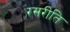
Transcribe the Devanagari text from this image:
रसरीति